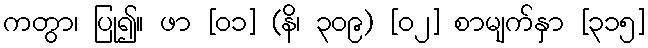
ကတွာ၊ ပြု၍။ ဖာ [၀၁] (နိ၊ ၃၀၉) [၀၂] စာမျက်နှာ [၃၁၅]